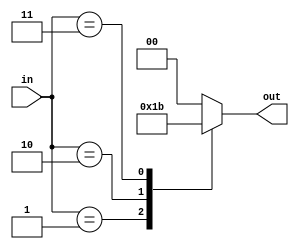
module priority_encoder (
    input [3:0] in,
    output reg [1:0] out
);

always @(*) begin
    case(in)
        0: out = 2'b00;
        1: out = 2'b01;
        2: out = 2'b10;
        3: out = 2'b11;
        default: out = 2'b00; // Default case when no input is present
    endcase
end

endmodule